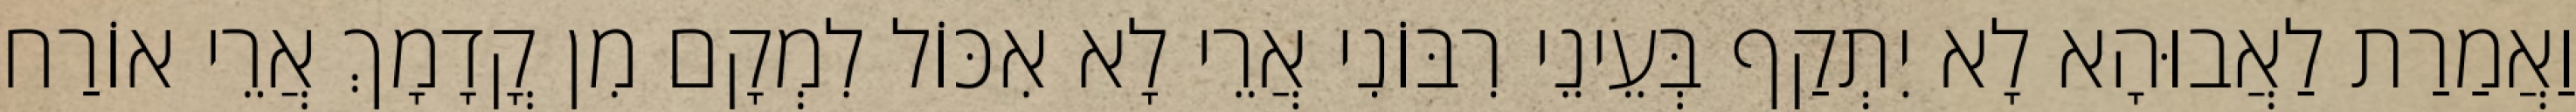
וַאֲמַרַת לַאֲבוּהָא לָא יִתְקַף בְּעֵינֵי רִבּוֹנִי אֲרֵי לָא אִכּוֹל לִמְקָם מִן קֳדָמָךְ אֲרֵי אוֹרַח